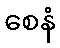
စေနံ